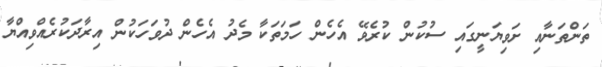
ތަންތަނާއި ށަވިޔަނީގައި ސުކުން ކުރެވޭ އެހެން ހަމަތަކާ މެދު އެހެން ދުވަހަކުން އިރާދަކުރެއްވިއްޔާ